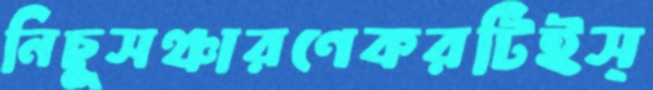
নিচুূসঞ্চারণেকরটিইস্